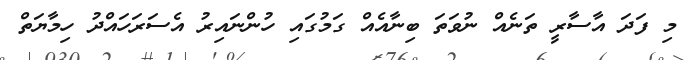
މި ފަދަ އާސާރީ ތަނެއް ނުވަތަ ބިނާއެއް ގަމުގައި ހުންނައިރު އެސަރަހައްދު ހިމާޔަތް